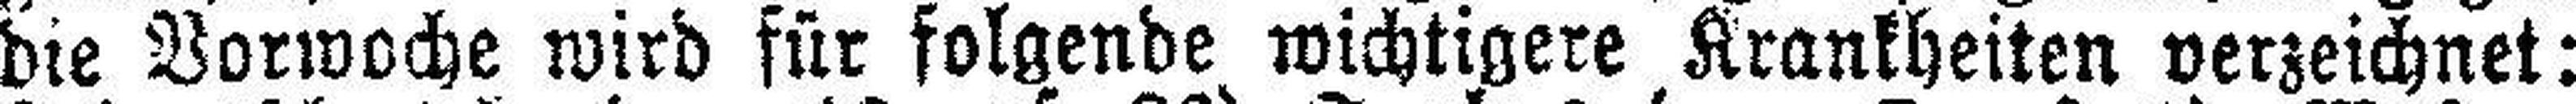
die Vorwoche wird für folgende wichtigere Krankheiten verzeichnet: